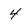
Character: 4